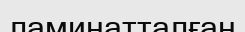
ламинатталған